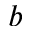
b